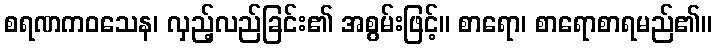
စရဏကဝသေန၊ လှည့်လည်ခြင်း၏ အစွမ်းဖြင့်။ စာရော၊ စာရောစာရမည်၏။